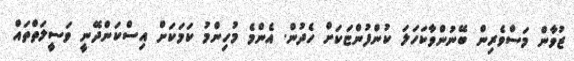
ޒުވާން މަސްވެރިން ބޭނުންވާކަހަލަ ކުންފުންޏަކަށް ހެދުން. އެންމެ މުހިންމު ކަމަކަށް އިސްކަންދޭނީ ވަސީލަތްތައް